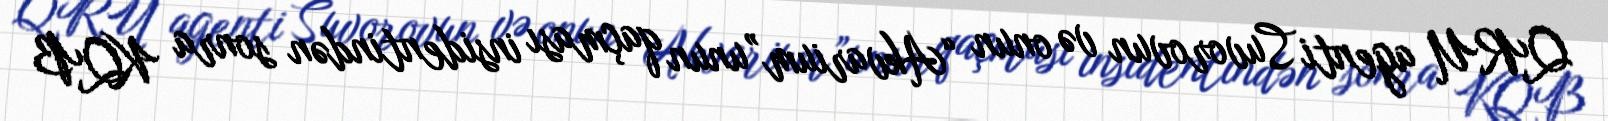
QRU agenti Suvorovun və onun “Akvarium”unun qaçması insidentindən sonra KQB